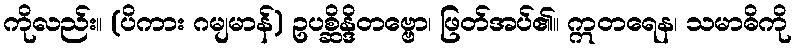
ကိုလည်း။ (ပိကား ဂမျမာန်) ဥပစ္ဆိန္ဒိတဗ္ဗော၊ ဖြတ်အပ်၏။ ဣတရေန၊ သမာဓိကို